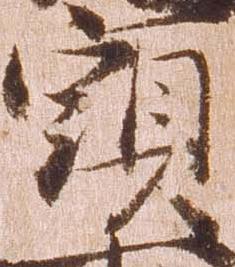
頭